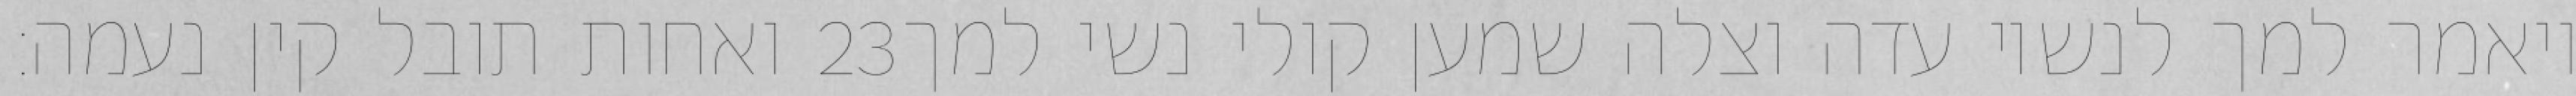
ואחות תובל קין נעמה׃ ‎23‏ ויאמר למך לנשיו עדה וצלה שמען קולי נשי למך